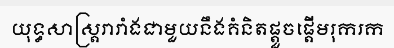
យុទ្ធសាស្ត្ររារាំងជាមួយនឹងគំនិតផ្តួចផ្តើមរុករក